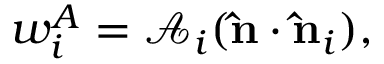
w _ { i } ^ { A } = \mathcal { A } _ { i } ( \mathbf { \hat { n } } \cdot \mathbf { \hat { n } } _ { i } ) ,